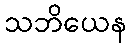
သဘိယေန